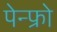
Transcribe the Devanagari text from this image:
पेन्फ्रो